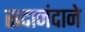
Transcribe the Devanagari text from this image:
सदानंदाने